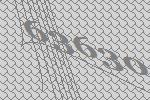
63630